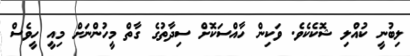
ލިބުނީ ކުއްލި ޝޮކެކެވެ. ވަކިން ހާއްސަކޮށް ސިދާތުގެ ގާތް މީހުންނަށް މިއީ ހީވެސް